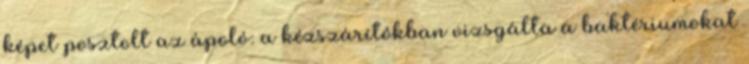
képet posztolt az ápoló: a kézszárítókban vizsgálta a baktériumokat